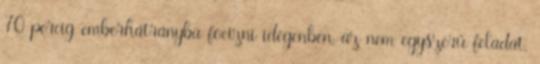
70 percig emberhátrányba focizni idegenben, az nem egyszerű feladat.